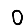
Digit: 0